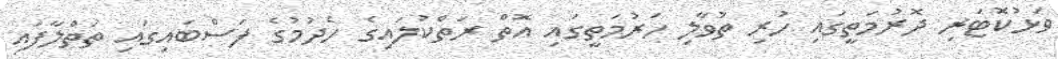
ވަޅުކޮޓަރި ދޮރުމަތީގައި ހުރި ތުވާލި ހަރުމަތީގައި އޮތް ރަތްކުލައިގެ ހެދުމުގެ ފަސްބައިގައި ތަތްލާފައި